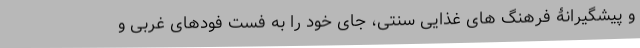
و پیشگیرانۀ فرهنگ های غذایی سنتی، جای خود را به فست فودهای غربی و